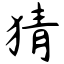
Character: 猜